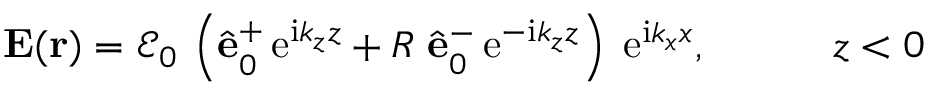
\begin{array} { r } { { \bf E } ( { \bf r } ) = \mathcal { E } _ { 0 } \, \left( \hat { \bf e } _ { 0 } ^ { + } \, \mathrm { e } ^ { \mathrm { i } k _ { z } z } + R \; \hat { \bf e } _ { 0 } ^ { - } \, \mathrm { e } ^ { - \mathrm { i } k _ { z } z } \right) \; \mathrm { e } ^ { \mathrm { i } k _ { x } x } , \quad \quad \quad z < 0 } \end{array}